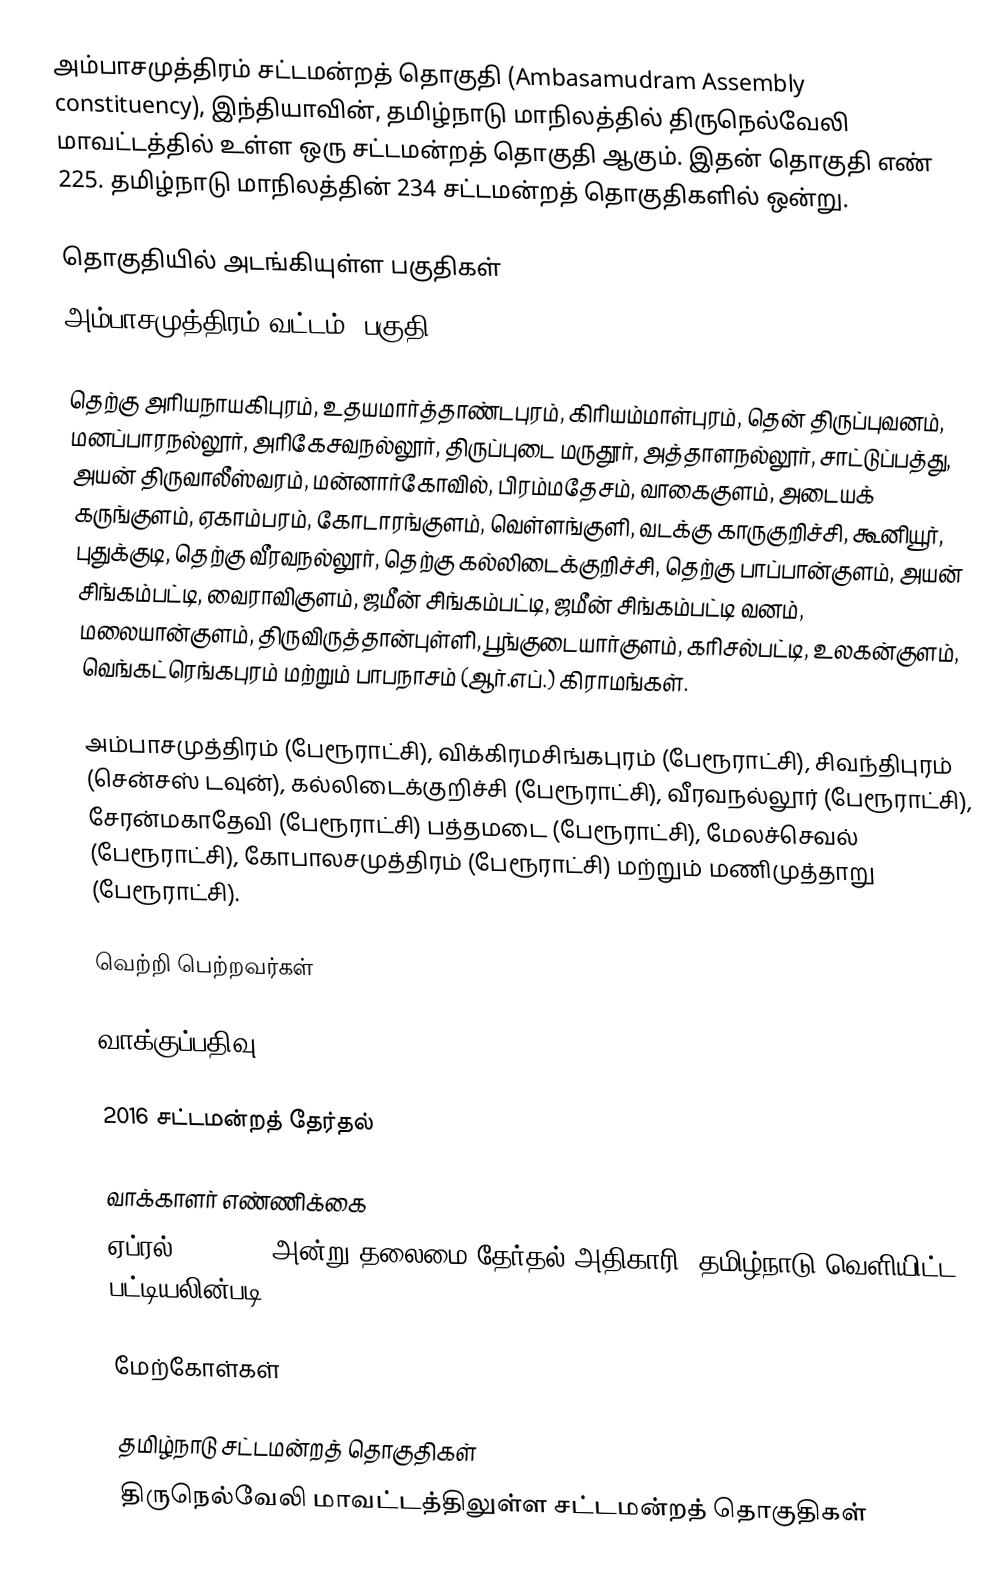
அம்பாசமுத்திரம் சட்டமன்றத் தொகுதி (Ambasamudram Assembly constituency), இந்தியாவின், தமிழ்நாடு மாநிலத்தில் திருநெல்வேலி மாவட்டத்தில் உள்ள ஒரு சட்டமன்றத் தொகுதி ஆகும். இதன் தொகுதி எண் 225. தமிழ்நாடு மாநிலத்தின் 234 சட்டமன்றத் தொகுதிகளில் ஒன்று.

தொகுதியில் அடங்கியுள்ள பகுதிகள்
 அம்பாசமுத்திரம் வட்டம் (பகுதி)

தெற்கு அரியநாயகிபுரம், உதயமார்த்தாண்டபுரம், கிரியம்மாள்புரம், தென் திருப்புவனம், மனப்பாரநல்லூர், அரிகேசவநல்லூர், திருப்புடை மருதூர், அத்தாளநல்லூர், சாட்டுப்பத்து, அயன் திருவாலீஸ்வரம், மன்னார்கோவில், பிரம்மதேசம், வாகைகுளம், அடையக் கருங்குளம், ஏகாம்பரம், கோடாரங்குளம், வெள்ளங்குளி, வடக்கு காருகுறிச்சி, கூனியூர், புதுக்குடி, தெற்கு வீரவநல்லூர், தெற்கு கல்லிடைக்குறிச்சி, தெற்கு பாப்பான்குளம், அயன் சிங்கம்பட்டி, வைராவிகுளம், ஜமீன் சிங்கம்பட்டி, ஜமீன் சிங்கம்பட்டி வனம், மலையான்குளம், திருவிருத்தான்புள்ளி, பூங்குடையார்குளம், கரிசல்பட்டி, உலகன்குளம், வெங்கட்ரெங்கபுரம் மற்றும் பாபநாசம் (ஆர்.எப்.) கிராமங்கள்.

அம்பாசமுத்திரம் (பேரூராட்சி), விக்கிரமசிங்கபுரம் (பேரூராட்சி), சிவந்திபுரம் (சென்சஸ் டவுன்), கல்லிடைக்குறிச்சி (பேரூராட்சி), வீரவநல்லூர் (பேரூராட்சி), சேரன்மகாதேவி (பேரூராட்சி) பத்தமடை (பேரூராட்சி), மேலச்செவல் (பேரூராட்சி), கோபாலசமுத்திரம் (பேரூராட்சி) மற்றும் மணிமுத்தாறு (பேரூராட்சி).

வெற்றி பெற்றவர்கள்

வாக்குப்பதிவு

2016 சட்டமன்றத் தேர்தல்

வாக்காளர் எண்ணிக்கை
ஏப்ரல் 29, 2016 அன்று தலைமை தேர்தல் அதிகாரி, தமிழ்நாடு வெளியிட்ட பட்டியலின்படி,

மேற்கோள்கள்

தமிழ்நாடு சட்டமன்றத் தொகுதிகள்
திருநெல்வேலி மாவட்டத்திலுள்ள சட்டமன்றத் தொகுதிகள்